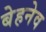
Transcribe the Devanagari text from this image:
बेहनेव